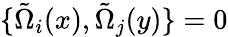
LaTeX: \{ \tilde{\Omega}_{i}(x),\tilde{\Omega}_{j}(y)\} =0